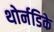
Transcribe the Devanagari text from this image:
थोर्नडिके